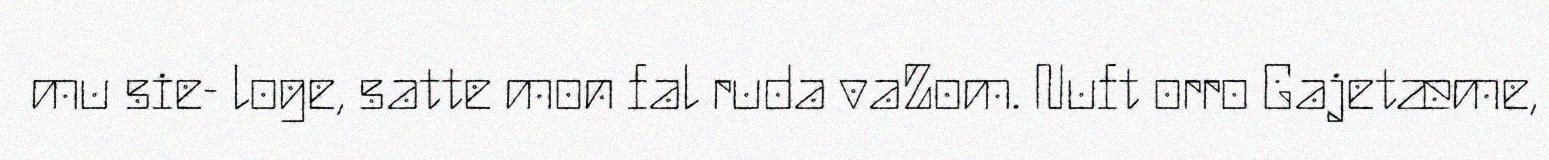
mu sie- loge, satte mon fal ruda vaZom. Nuft orro Gajetæme,